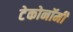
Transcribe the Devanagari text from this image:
टेकोनॉमी